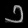
Digit: ၁